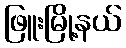
ဖြူးမြို့နယ်